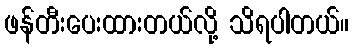
ဖန်တီးပေးထားတယ်လို့ သိရပါတယ်။